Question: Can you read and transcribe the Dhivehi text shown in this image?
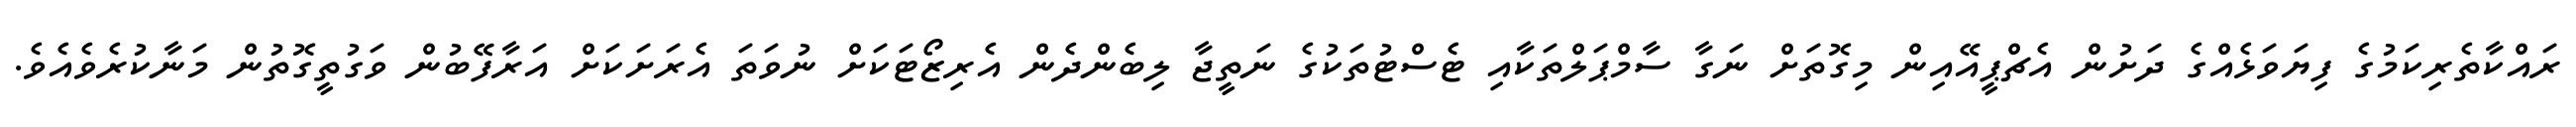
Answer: ރައްކާތެރިކަމުގެ ފިޔަވަޅެއްގެ ދަށުން އެޗްޕީއޭއިން މިގޮތަށް ނަގާ ސާމްޕަލްތަކާއި ޓެސްޓުތަކުގެ ނަތީޖާ ލިބެންދެން އެރިޒޯޓަކަށް ނުވަތަ އެރަށަކަށް އަރާފޭބުން ވަގުތީގޮތުން މަނާކުރެވެއެވެ.